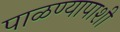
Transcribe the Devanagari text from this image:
पाळण्यापाशी